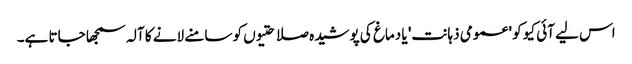
اس لیے آئی کیو کو 'عمومی ذہانت' یا دماغ کی پوشیدہ صلاحتیوں کو سامنے لانے کا آلہ سمجھا جاتا ہے۔